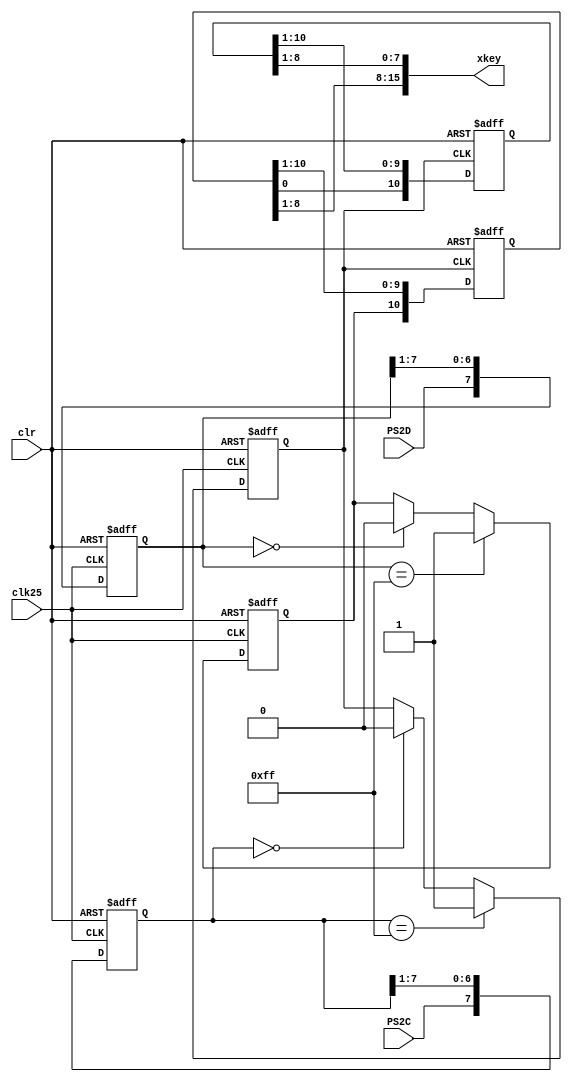
`timescale 1ns / 1ps
//////////////////////////////////////////////////////////////////////////////////
// Company: 
// Engineer: 
// 
// Design Name: 
// Module Name:    keyboard 
// Project Name: 
// Target Devices: 
// Tool versions: 
// Description: 
//
// Dependencies: 
//
// Revision: 
// Revision 0.01 - File Created
// Additional Comments: 
//
//////////////////////////////////////////////////////////////////////////////////
module keyboard(clk25,clr,PS2C,PS2D,xkey);
input clk25;
input clr;
input PS2C;
input PS2D;
output [15:0]xkey;

reg PS2Cf,PS2Df;
reg [7:0]ps2c_filter,ps2d_filter;
reg [10:0]shift1,shift2;
assign xkey = {shift1[8:1],shift2[8:1]};

always@(posedge clk25 or posedge clr) begin
	if(clr==1) begin
		ps2d_filter<=0;
		ps2c_filter<=0;
		PS2Cf<=1;
		PS2Df<=1;
	end
	else begin
		ps2c_filter[7]<=PS2C;
		ps2c_filter[6:0]<=ps2c_filter[7:1];
		ps2d_filter[7]<=PS2D;
		ps2d_filter[6:0]<=ps2d_filter[7:1];
		
		if(ps2c_filter==8'b11111111)
			PS2Cf<=1;
		else 
			if(ps2c_filter==8'b00000000)
			PS2Cf<=0;
			if(ps2d_filter==8'b11111111)
				PS2Df<=1;
			else
				if(ps2d_filter==8'b00000000)
					PS2Df<=0;
	end
end

always@(negedge PS2Cf or posedge clr) begin
	if(clr==1)	begin
		shift1<=0;
		shift2<=1;
	end
	else begin
		shift1<={PS2Df,shift1[10:1]};
		shift2<={shift1[0],shift2[10:1]};
	end
end

endmodule